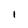
Character: i